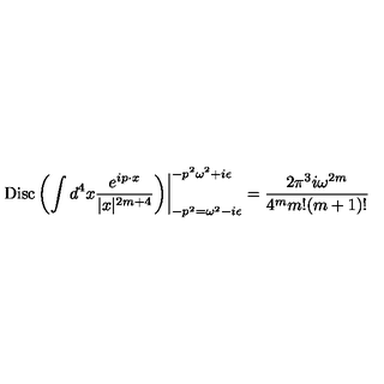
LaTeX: \left. \mathrm { D i s c } \left( \int d ^ { 4 } x { \frac { e ^ { i p \cdot x } } { | x | ^ { 2 m + 4 } } } \right) \right| _ { - p ^ { 2 } = \omega ^ { 2 } - i \epsilon } ^ { - p ^ { 2 } \omega ^ { 2 } + i \epsilon } = { \frac { 2 \pi ^ { 3 } i \omega ^ { 2 m } } { 4 ^ { m } m ! ( m + 1 ) ! } }